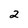
Character: 2